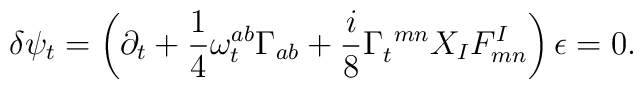
\delta \psi_{t}=\left( \partial_{t}+{\frac{1}{4}}\omega _{t}^{ab}\Gamma_{ab}+{\frac{i}{8}}\Gamma _{t}^{\ mn}X_IF_{mn}^{I}\right) \epsilon=0.